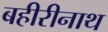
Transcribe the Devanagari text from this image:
बहीरीनाथ